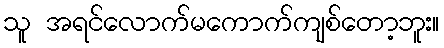
သူ အရင်လောက်မကောက်ကျစ်တော့ဘူး။